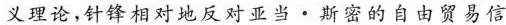
义理论，针锋相对地反对亚当·斯密的自由贸易信